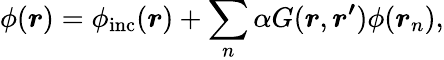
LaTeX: \phi(\boldsymbol{r})=\phi_{\mathrm{inc}}(\boldsymbol{r})+\sum_{n}\alpha G(\boldsymbol{r},\boldsymbol{r^{\prime}})\phi(\boldsymbol{r}_{n}),